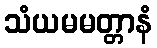
သံယမမတ္တာနံ